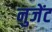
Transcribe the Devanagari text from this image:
नुजेंट